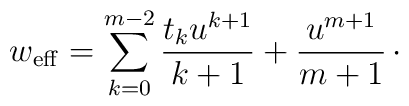
w_{\rm eff} = \sum_{k=0}^{m-2}{t_{k}u^{k+1}\over k+1} + {u^{m+1}\over m+1}\, \cdotp